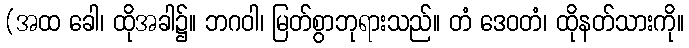
(အထ ခေါ၊ ထိုအခါ၌။ ဘဂဝါ၊ မြတ်စွာဘုရားသည်။ တံ ဒေဝတံ၊ ထိုနတ်သားကို။